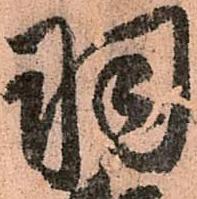
羽